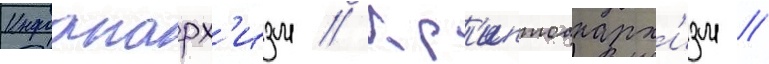
Инфоанарх'изм // Кр'иптоанарх'изм //